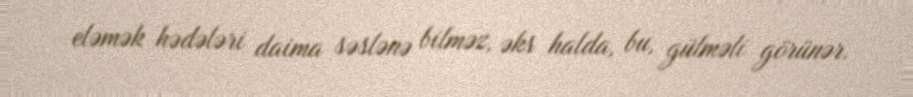
eləmək hədələri daima səslənə bilməz, əks halda, bu, gülməli görünər.